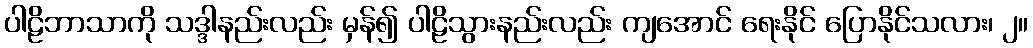
ပါဠိဘာသာကို သဒ္ဒါနည်းလည်း မှန်၍ ပါဠိသွားနည်းလည်း ကျအောင် ရေးနိုင် ပြောနိုင်သလား၊ ၂။